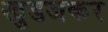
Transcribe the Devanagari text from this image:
खुडजकर